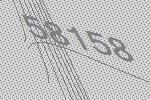
58158